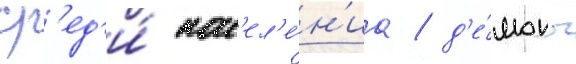
ср'ед'и́ нас'ел'е́н'иа / д'е́моны